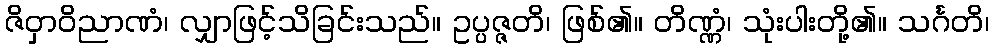
ဇိဝှာဝိညာဏံ၊ လျှာဖြင့်သိခြင်းသည်။ ဥပ္ပဇ္ဇတိ၊ ဖြစ်၏။ တိဏ္ဏံ၊ သုံးပါးတို့၏။ သင်္ဂတိ၊